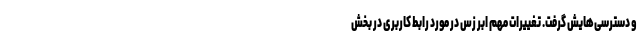
و دسترسی‌هایش گرفت. تغییرات مهم‌ ابر زس در مورد رابط کاربری در بخش